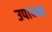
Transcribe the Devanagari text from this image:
उपाध्य्क्ष